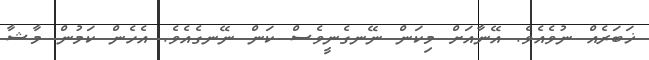
ޚަބަރެއް ނުވެއެވެ. އޭނާއަށް މިކަން ނޭނގެނީވެސް ކަން ނޭނގެއެވެ. އެހެން ކަމުން މާޝާ